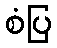
စံပြ